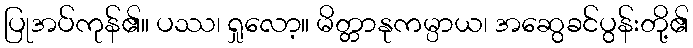
ပြုအပ်ကုန်၏။ ပဿ၊ ရှုလော့။ မိတ္တာနုကမ္ပာယ၊ အဆွေခင်ပွန်းတို့၏